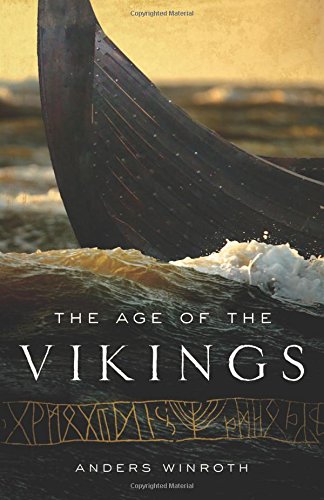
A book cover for The Age of the Vikings; Anders Winroth; History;